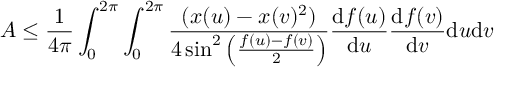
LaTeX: A \leq \frac { 1 } { 4 \pi } \int _ { 0 } ^ { 2 \pi } \int _ { 0 } ^ { 2 \pi } \frac { ( x ( u ) - x ( v ) ^ { 2 } ) } { 4 \sin ^ { 2 } \left( \frac { f ( u ) - f ( v ) } { 2 } \right) } \frac { \mathrm { d } f ( u ) } { \mathrm { d } u } \frac { \mathrm { d } f ( v ) } { \mathrm { d } v } \mathrm { d } u \mathrm { d } v